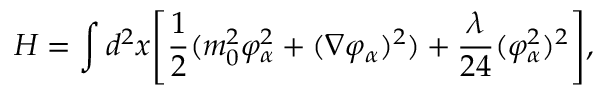
H = \int d ^ { 2 } x \Biggl [ { \frac { 1 } { 2 } } ( m _ { 0 } ^ { 2 } \varphi _ { \alpha } ^ { 2 } + ( \nabla \varphi _ { \alpha } ) ^ { 2 } ) + { \frac { \lambda } { 2 4 } } ( \varphi _ { \alpha } ^ { 2 } ) ^ { 2 } \Biggr ] , \,